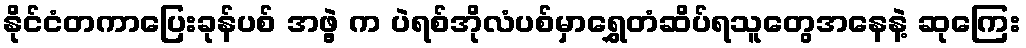
နိုင်ငံတကာပြေးခုန်ပစ် အဖွဲ့ က ပဲရစ်အိုလံပစ်မှာရွှေတံဆိပ်ရသူတွေအနေနဲ့ ဆုကြေး